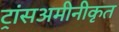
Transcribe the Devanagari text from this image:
ट्रांसअमीनीकृत